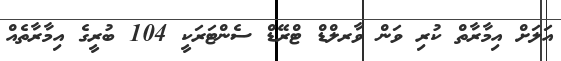
އަލަށް އިމާރާތް ކުރި ވަން ވާރލްޑް ޓްރޭޑް ސެންޓަރަކީ 104 ބުރީގެ އިމާރާތެއް